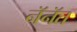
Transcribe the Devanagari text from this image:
नॅनॅत